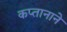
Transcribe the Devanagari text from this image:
कप्‍तानाने